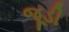
જૂડી